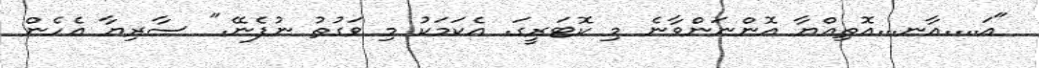
"އަ....އާނ...އޮތިއްޔާ އޮންނަންވާނެ މި ކޮޓަރީގަ. އެކަމަކު މި ވަގުތު ނުފެނޭ." ސާރިޔާ އެހެން